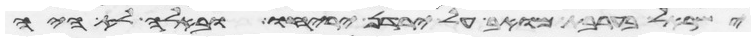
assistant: ישראל בערבת מואב על ירדן יריחו ובאלה לא היה